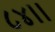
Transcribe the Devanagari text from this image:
८४।।